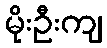
မိုးဦးကျ